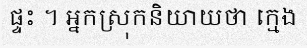
ផ្ទះ ។ អ្នកស្រុកនិយាយថា ក្មេង